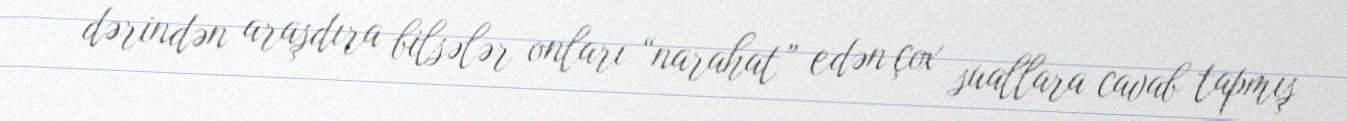
dərindən araşdıra bilsələr onları “narahat” edən çox suallara cavab tapmış